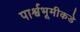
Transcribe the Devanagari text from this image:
पार्श्वभूमीकडे